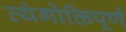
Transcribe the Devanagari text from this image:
व्यंगोक्तिपूर्ण